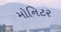
મોનિટર